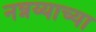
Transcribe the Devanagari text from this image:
नन्नय्याच्या